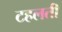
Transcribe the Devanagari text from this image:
टहलती